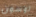
توسون